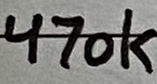
Text: 470k